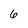
Character: 6